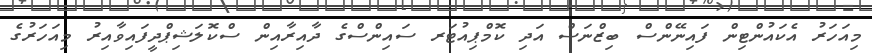
މިއަހަރު އެކައުންޓިން ފައިނޭންސް ބިޒްނަސް އަދި ކޮމްޕިއުޓަރ ސައިންސްގެ ދާއިރާއިން ސްކޮލަޝިޕްދީފައިވާއިރު މިއަހަރުގެ